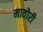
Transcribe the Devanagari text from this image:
मावोरी